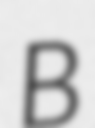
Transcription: B